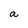
Character: a